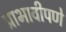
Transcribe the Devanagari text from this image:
प्राभावीपणे